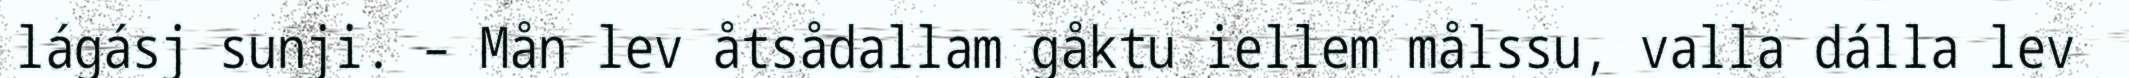
lágásj sunji. – Mån lev åtsådallam gåktu iellem målssu, valla dálla lev